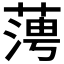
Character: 𦶊